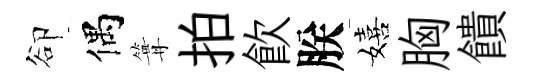
卻偶篝拍飲朕嬉胸饋